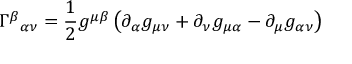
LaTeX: \Gamma ^ { \beta } { } _ { \alpha \nu } = { \frac { 1 } { 2 } } g ^ { \mu \beta } \left( \partial _ { \alpha } g _ { \mu \nu } + \partial _ { \nu } g _ { \mu \alpha } - \partial _ { \mu } g _ { \alpha \nu } \right)